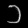
Digit: ၁